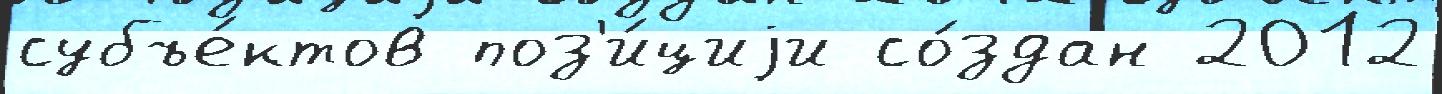
субъе́ктов поз'и́циjи со́здан 2012